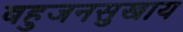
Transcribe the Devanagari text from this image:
बहुजनसुखाय